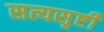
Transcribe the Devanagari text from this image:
सत्यसृष्टी